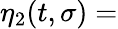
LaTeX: \eta_{2}(t,\sigma)=